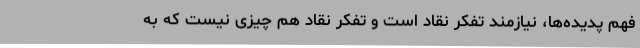
فهم پدیده‌ها، نیازمند تفکر نقاد است و تفکر نقاد هم چیزی نیست که به